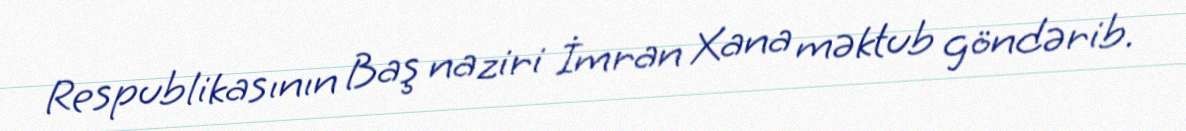
Respublikasının Baş naziri İmran Xana məktub göndərib.